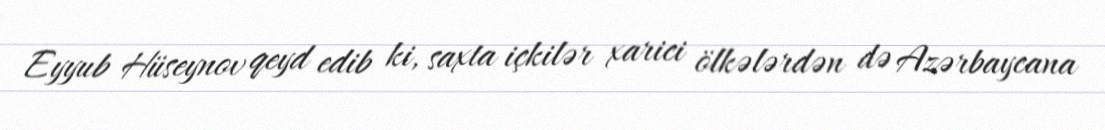
Eyyub Hüseynov qeyd edib ki, saxta içkilər xarici ölkələrdən də Azərbaycana